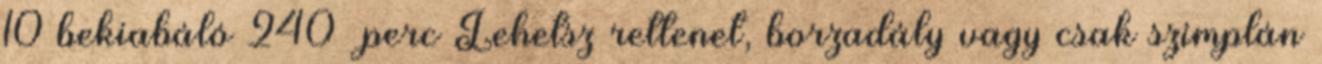
10 bekiabáló 240 perc Lehetsz rettenet, borzadály vagy csak szimplán